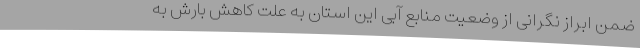
ضمن ابراز نگرانی از وضعیت منابع آبی این استان به علت کاهش بارش‌ به